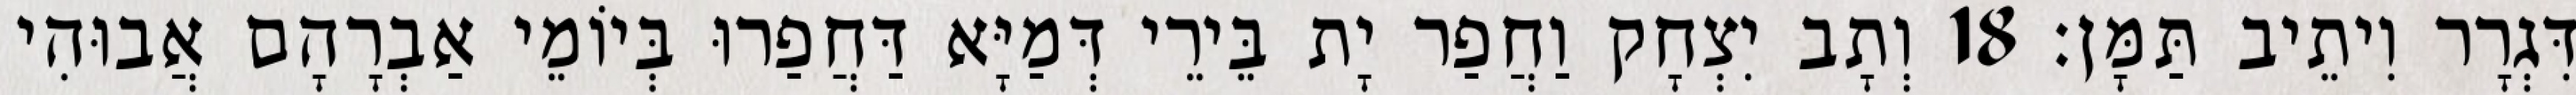
דִּגְרָר וִיתֵיב תַּמָּן׃ 18 וְתָב יִצְחָק וַחֲפַר יָת בֵּירֵי דְּמַיָּא דַּחֲפַרוּ בְּיוֹמֵי אַבְרָהָם אֲבוּהִי